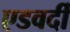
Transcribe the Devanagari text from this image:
एडवर्दी